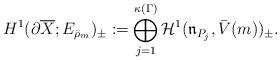
LaTeX: \begin{align*}H^1(\partial\overline{X};E_{\bar{\rho}_m})_{\pm}:=\bigoplus_{j=1}^{\kappa(\Gamma)}\mathcal{H}^1(\mathfrak{n}_{P_j},\bar{V}(m))_{\pm}.\end{align*}